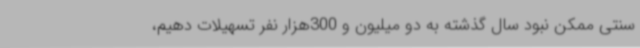
سنتی ممکن نبود سال گذشته به دو میلیون و 300هزار نفر تسهیلات دهیم،